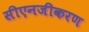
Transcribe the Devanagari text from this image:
सीएनजीकरण